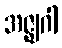
အဇ္ဈဂါ